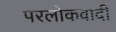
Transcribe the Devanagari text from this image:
परलोकवादी